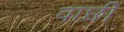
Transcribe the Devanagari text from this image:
वाछी